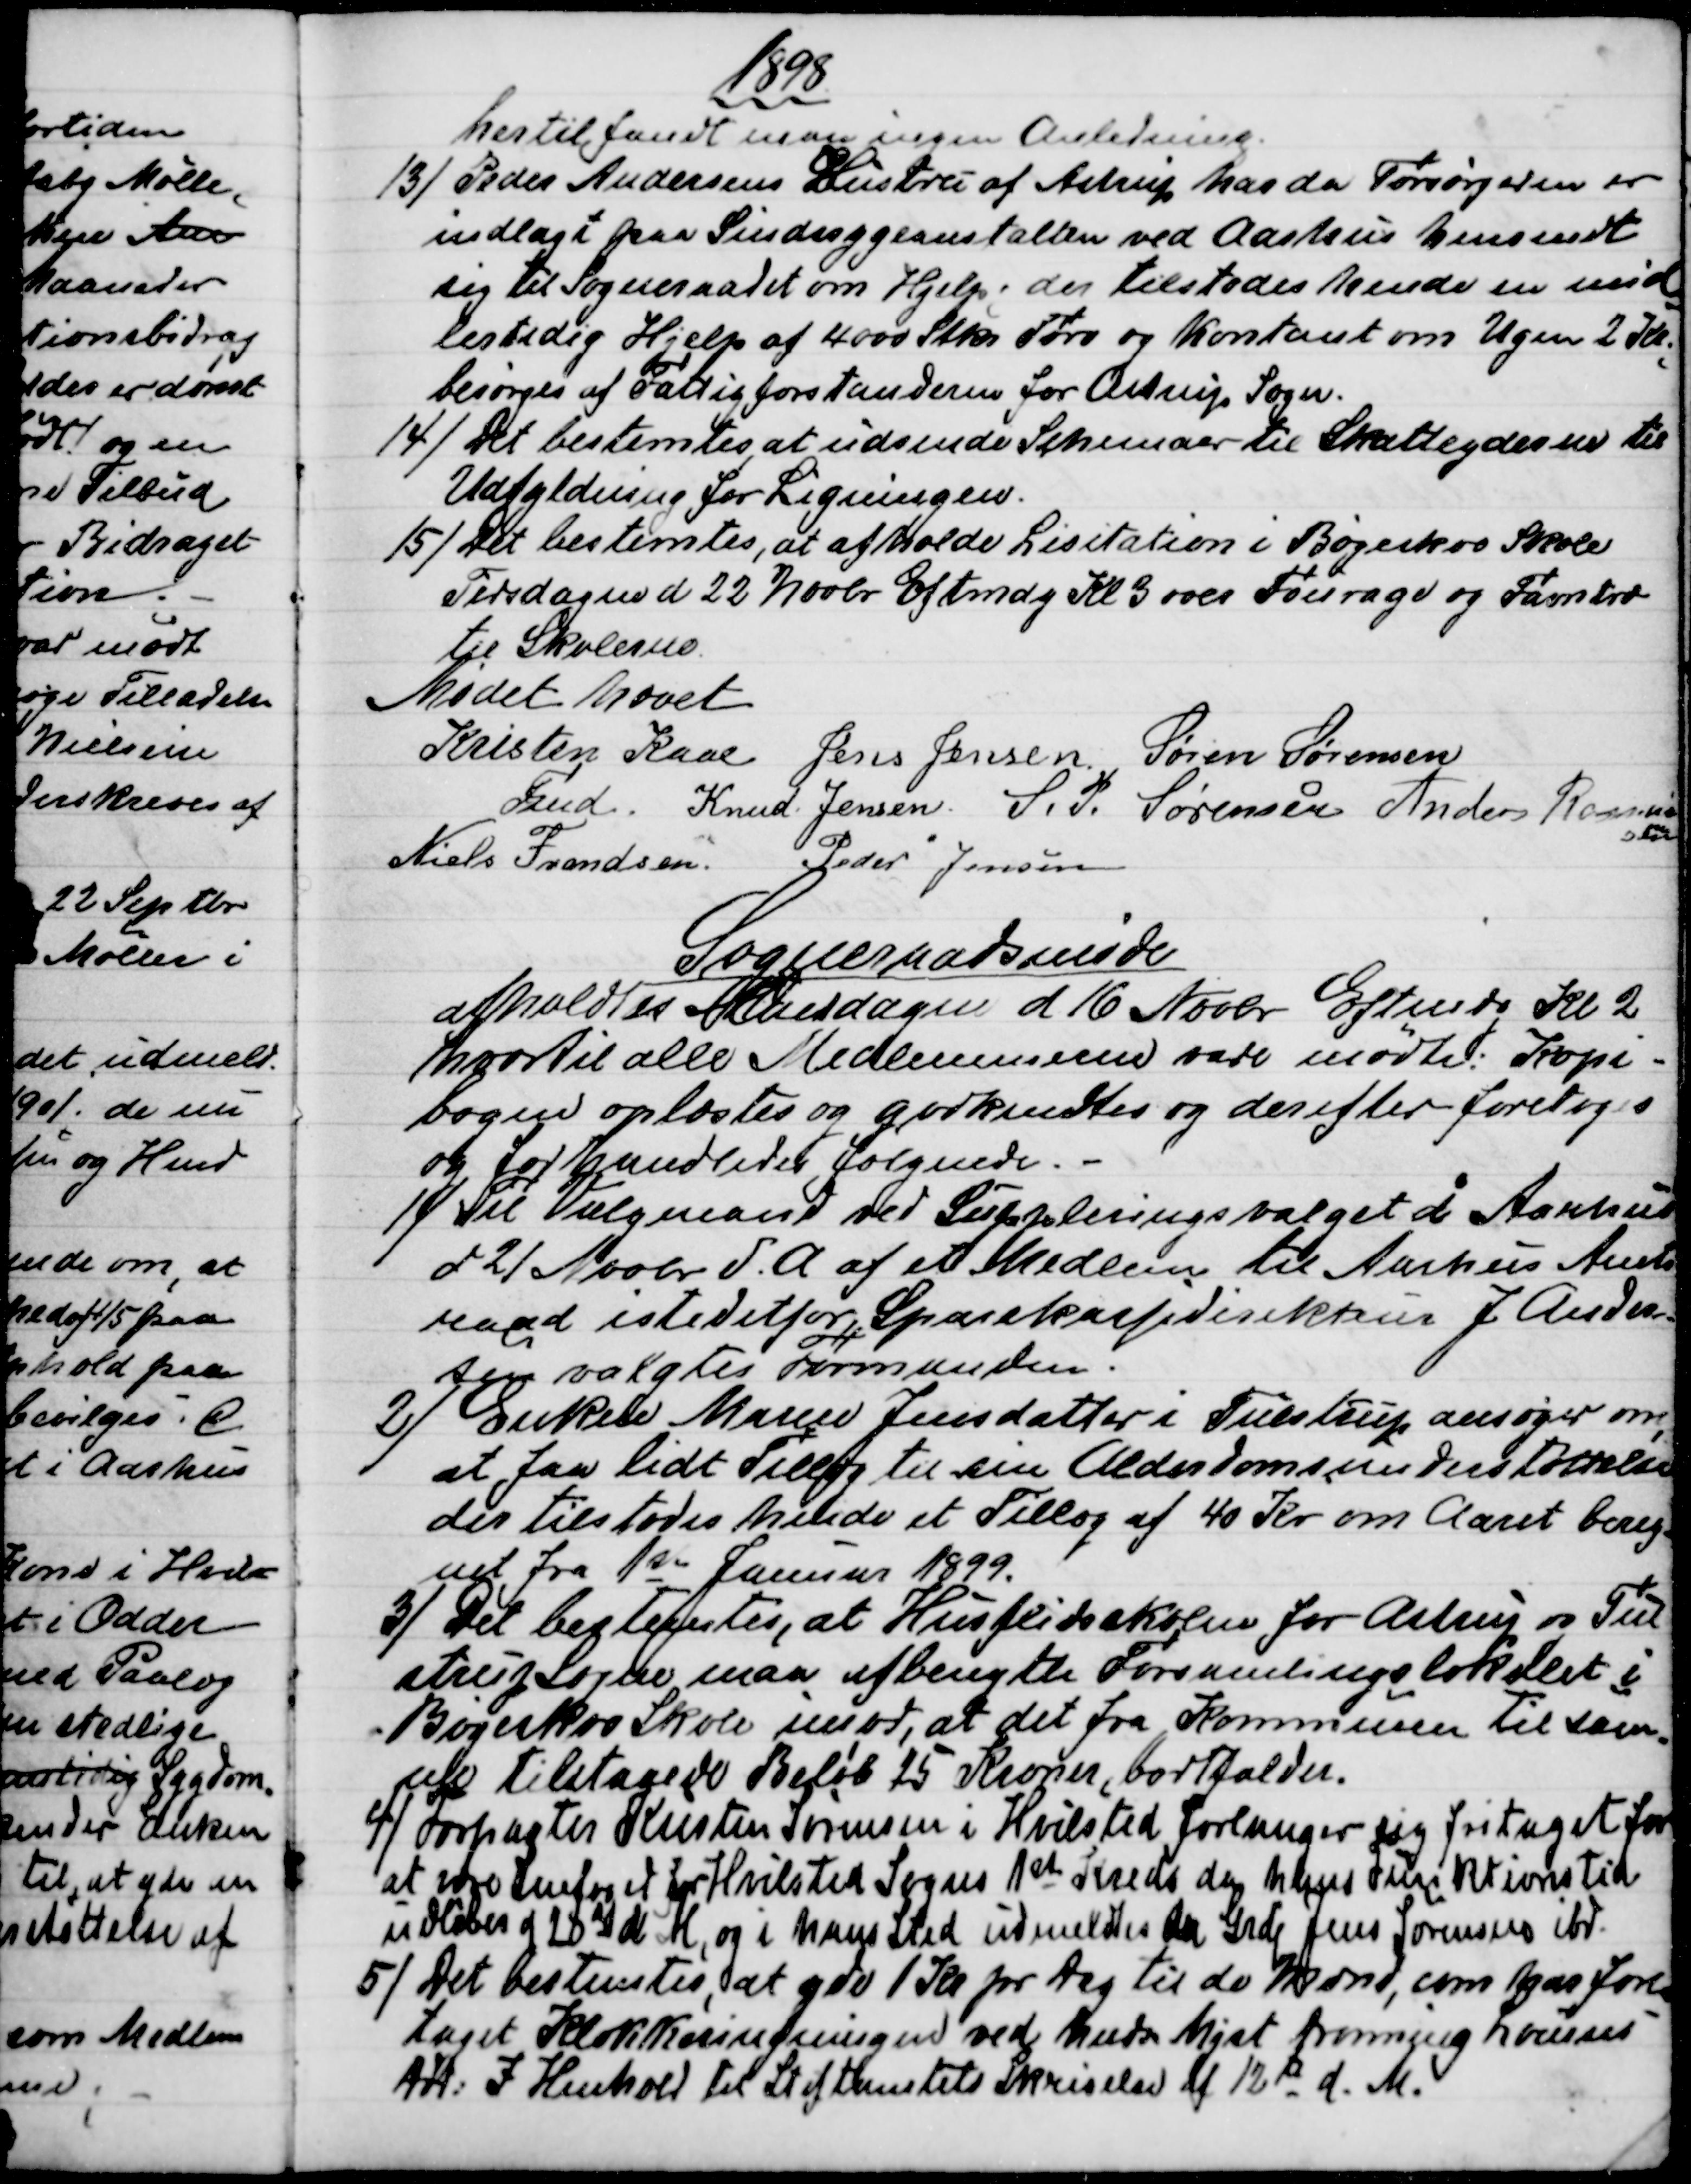
Transskription:
1898
hertil fandt man ingen Anledning.
13) 
Peder Andersens Hustru af Astrup har da Forsørgeren er
indlagt paa Sindssygeanstalten ved Aarhus henvendt
sig til Sogneraadet om Hjelp; der tilstodes hende en mid
=
lertidig Hjelp af 4000 Stkr Tørv og kontant om Ugen 2 Kr;
besørges af Fattigforstanderen for Astrup Sogn.
14)
Det bestemtes at udsende Schemaer til Skatteyderne til
Udfyldning for Ligningen.
15) 
Det bestemtes, at afholde Lisitation i Bøgeskov Skole
Tirsdagen d 22 Novbr Eftmdg Kl 3 over Fourage og Favntræ
til Skolerne.
Mødet hævet
Kristen Kaae  
Fmd. 
Jens Jensen Søren Sørensen
Knud Jensen. S. P. Sørensen  Anders Rasmus
sen
Niels Frandsen.
Peder Jensen
Sogneraadsmøde
afholdtes Onsdagen d 16 Novbr Eftmdg Kl 2
hvortil alle Medlemmerne vare mødte. Kopi-
bogen oplæstes og godkendtes og derefter foretoges
og forhandledes følgende.
1)
Til Valgmand ved Suppleringsvalget i Aarhus
d 21 Novbr d. A. af et Medlem til Aarhus Amts
raad istedetfor Sparekassedirekteur J Ander-
sen valgtes Formanden.
2) 
Enken Maren Jensdatter i Tulstrup ansøger om
,
at faa lidt Tillæg til sin Alderdomsunderstøttelse
der tilstodes hende et Tillæg af 40 Kr om Aaret bereg-
net fra 1st Januar 1899.
3) 
Det bestemtes, at Husflidsskolen for Astrup og Tul
strup Sogne maa afbenytte Forsamlingslokalet i
Bøgeskov Skole imod, at det fra Kommunen til sam-
me tilstaaede Beløb 25 Kroner, bortfalder.
4) 
Forpagter Kristen Sørensen i Hvilsted forlanger sig fritaget for
at være Snefoged for Hvilsted Sogns 1st Kreds da hans Funktionstid
udløber d 28de d. M., og i hans Sted udmeldtes da Grdj Jens Sørensen ibd.
5) 
Det bestemtes, at yde 1 Kr pr Dag til de Mænd, som har fore
-
taget Klokkeringningen ved hendes Mjst. Dronning Louises
Død: I Henhold til Stiftamtets Skrivelse af 12te d. M.